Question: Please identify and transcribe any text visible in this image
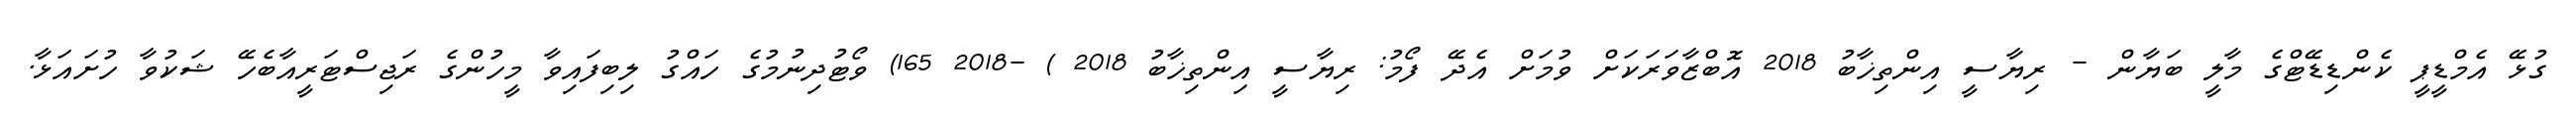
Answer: ގުޅޭ އެމްޑީޕީ ކެންޑިޑޭޓްގެ މާލީ ބަޔާން - ރިޔާސީ އިންތިޚާބު 2018 އޮބްޒާވަރަކަށް ވުމަށް އެދޭ ފޯމު: ރިޔާސީ އިންތިޚާބު 2018 ) -2018 165) ވޯޓުދިނުމުގެ ހައްގު ލިބިފައިވާ މީހުންގެ ރަޖިސްޓަރީއާބެހޭ ޝަކުވާ ހުށައަޅާ.